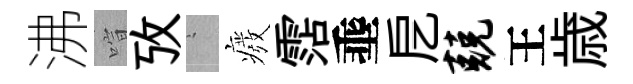
沸喧攷搖癈霑埀戹兢王歳